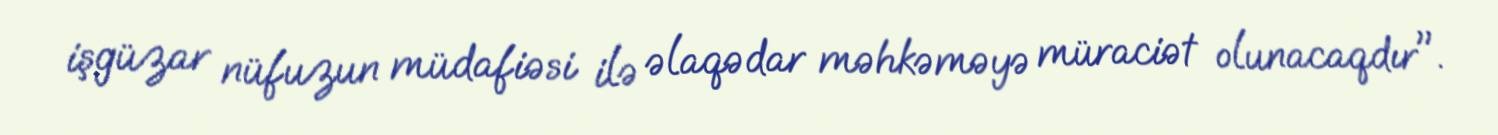
işgüzar nüfuzun müdafiəsi ilə əlaqədar məhkəməyə müraciət olunacaqdır".